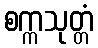
စက္ကသုတ္တံ